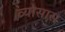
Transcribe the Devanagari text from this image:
व्यासास